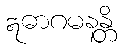
ဣဓာဂမနန္တိ